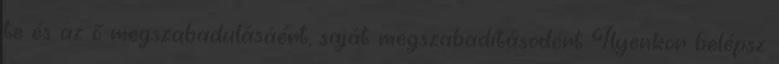
te és az ő megszabadulásáért, saját megszabadításodért Ilyenkor belépsz